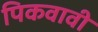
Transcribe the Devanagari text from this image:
पिकवावी